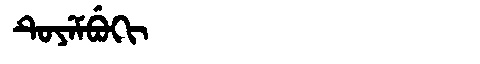
Manchu: ᡨᡠᠶᡝᠮᠪᡠᡴᡳ
Romanization: TUYEMBUKI